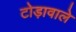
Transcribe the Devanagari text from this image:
टोड़ावाले